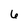
Character: 6